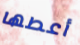
أعطها